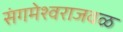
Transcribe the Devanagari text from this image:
संगमेश्वराजवळ